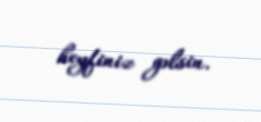
heyfiniz gəlsin.